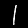
Label: 1